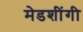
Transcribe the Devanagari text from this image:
मेडशींगी